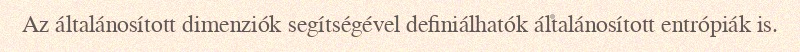
Az általánosított dimenziók segítségével definiálhatók általánosított entrópiák is.